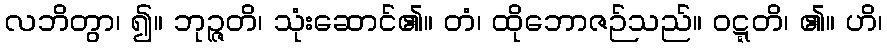
လဘိတွာ၊ ၍။ ဘုဉ္ဇတိ၊ သုံးဆောင်၏။ တံ၊ ထိုဘောဇဉ်သည်။ ဝဋ္ဋတိ၊ ၏။ ဟိ၊